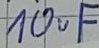
Text: 10uF